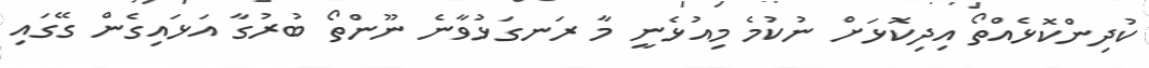
ކުދިންކޮޅެއްތޯ އިދިކޮޅަށް ނުކުމެ މިއުޅެނީ މާ ރަނގަޅުވާނެ ނޫންތޯ ބުރުގާ އަޅައިގެން ގޭގައި